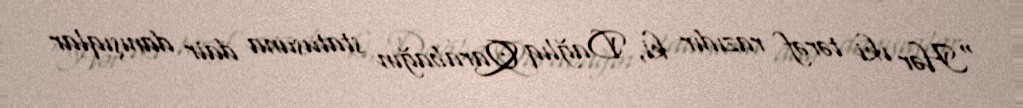
“Hər iki tərəf razıdır ki, Dağlıq Qarabağın statusuna dair danışıqlar